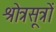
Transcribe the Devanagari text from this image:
श्रोत्रसूत्रों